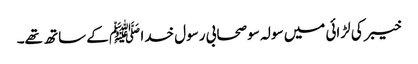
خیبر کی لڑائی میں سولہ سو صحابی رسول خدا ﷺ کے ساتھ تھے۔